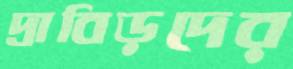
দ্রাবিড়দের